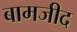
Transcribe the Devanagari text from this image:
बामजीद